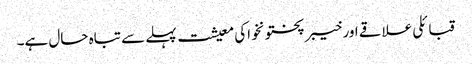
قبائلی علاقے اور خیبر پختونخواکی معیشت پہلے سے تباہ حال ہے۔